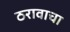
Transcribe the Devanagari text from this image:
ठरावाचा